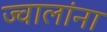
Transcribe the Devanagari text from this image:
ज्वालांना